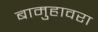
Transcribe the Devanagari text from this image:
बामुहावरा